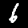
Digit: 6